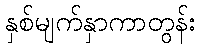
နှစ်မျက်နှာကာတွန်း